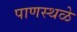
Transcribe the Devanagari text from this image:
पाणस्थळे